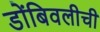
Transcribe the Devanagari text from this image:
डोंबिवलीची